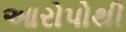
આરોપોથી